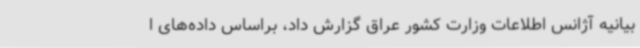
بیانیه آژانس اطلاعات وزارت کشور عراق گزارش داد، براساس داده‌های ا